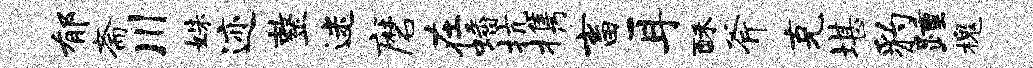
郁斋川姝迹整迷磨在蟠抗携畜耳酥斧克堪豹踵槐